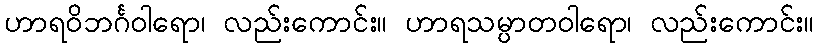
ဟာရဝိဘင်္ဂဝါရော၊ လည်းကောင်း။ ဟာရသမ္ပာတဝါရော၊ လည်းကောင်း။